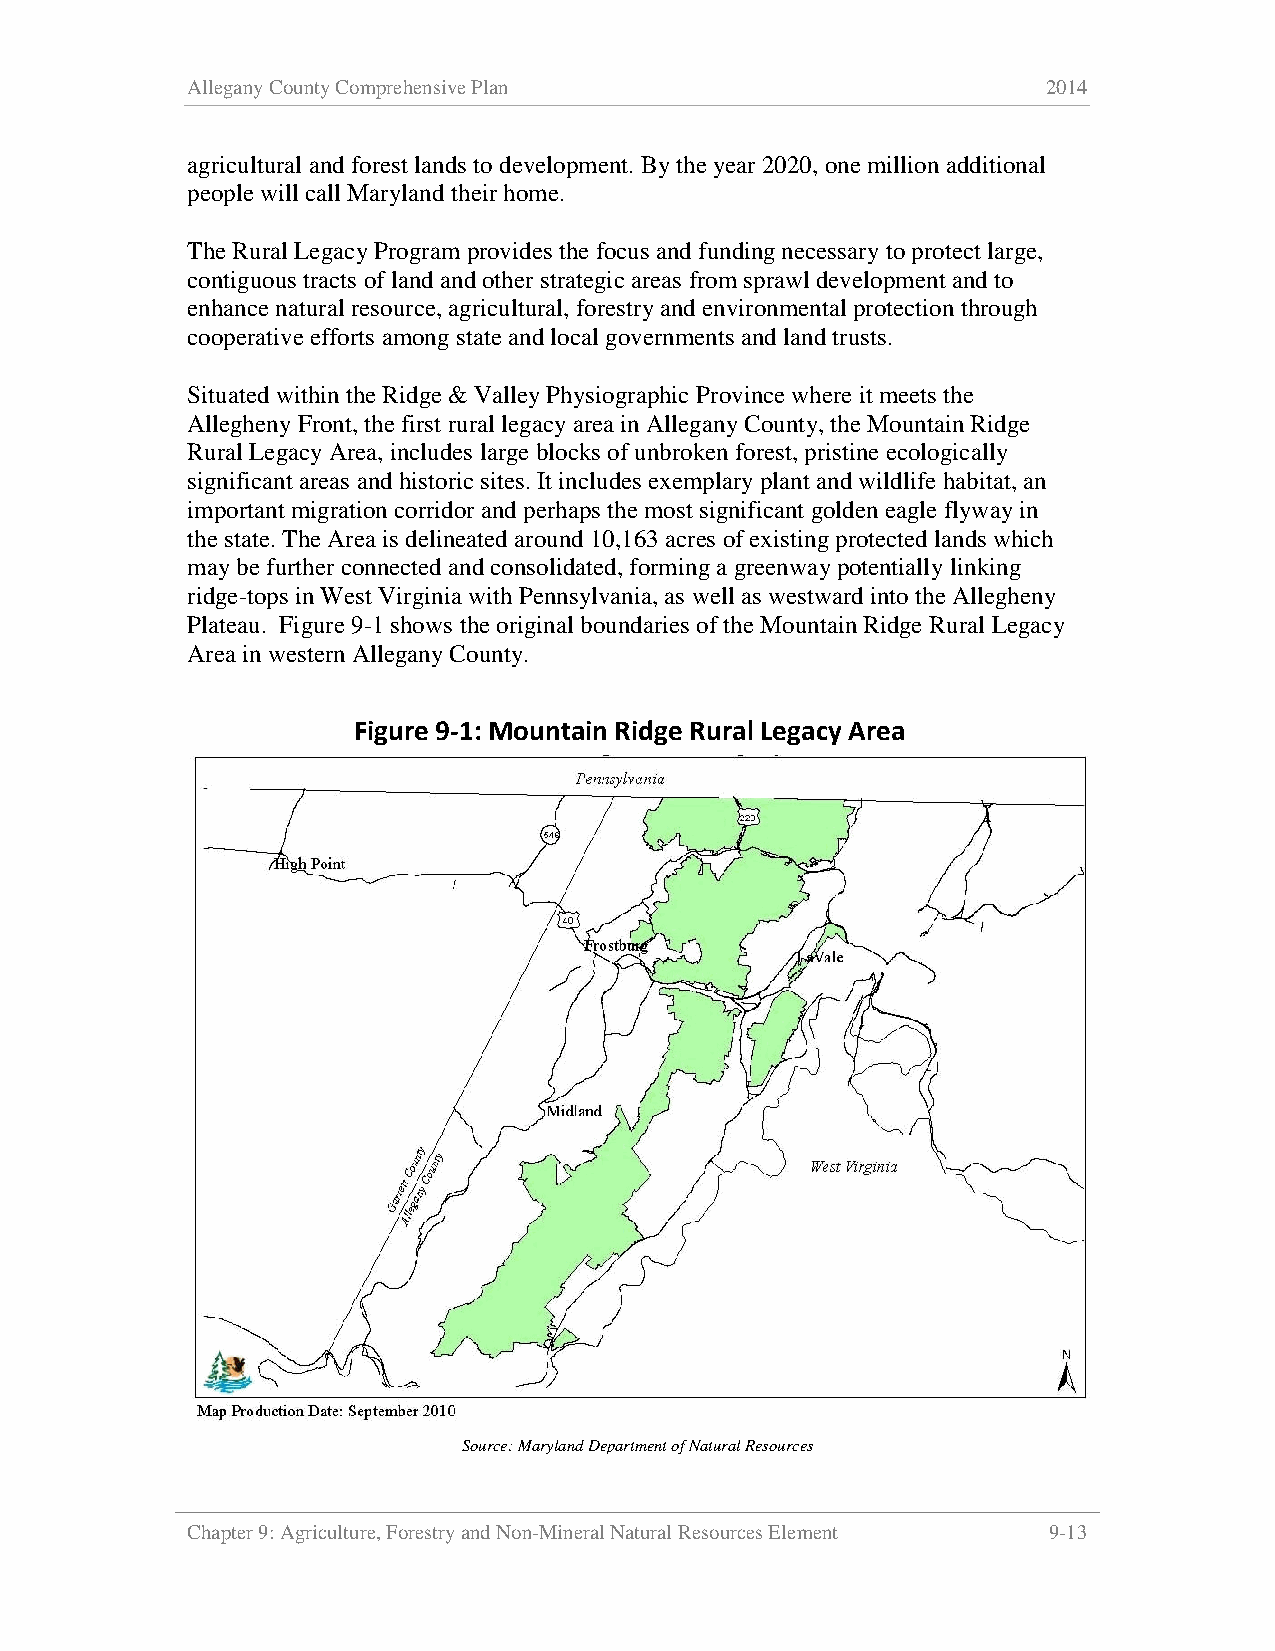
Allegany County Comprehensive Plan                       2014
 agricultural and forest lands to development. By the year 2020, one million additional
 people will call Maryland their home.
 The Rural Legacy Program provides the focus and funding necessary to protect large,
 contiguous tracts of land and other strategic areas from sprawl development and to
 enhance natural resource, agricultural, forestry and environmental protection through
 cooperative efforts among state and local governments and land trusts.
 Situated within the Ridge & Valley Physiographic Province where it meets the
 Allegheny Front, the first rural legacy area in Allegany County, the Mountain Ridge
 Rural Legacy Area, includes large blocks of unbroken forest, pristine ecologically
 significant areas and historic sites. It includes exemplary plant and wildlife habitat, an
 important migration corridor and perhaps the most significant golden eagle flyway in
 the state. The Area is delineated around 10,163 acres of existing protected lands which
 may be further connected and consolidated, forming a greenway potentially linking
 ridge-tops in West Virginia with Pennsylvania, as well as westward into the Allegheny
 Plateau. Figure 9-1 shows the original boundaries of the Mountain Ridge Rural Legacy
 Area in western Allegany County.
 Figure 9-1: Mountain Ridge Rural Legacy Area
 Source: Maryland Department of Natural Resources
 Chapter 9: Agriculture, Forestry and Non-Mineral Natural Resources Element 9-13